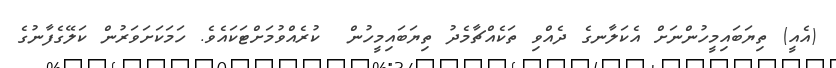
(އެއީ) ތިޔަބައިމީހުންނަށް އެކަލާނގެ ދެއްވި ތަކެއްޗާމެދު ތިޔަބައިމީހުން  ކުރެއްވުމަށްޓަކައެވެ. ހަމަކަށަވަރުން ކަލޭގެފާނުގެ